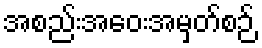
အစည်းအဝေးအမှတ်စဉ်